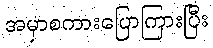
အမှာစကားပြောကြားပြီး